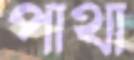
পাথা